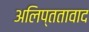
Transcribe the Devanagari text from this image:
अलिप्ततावाद